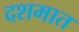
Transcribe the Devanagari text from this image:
दशमात